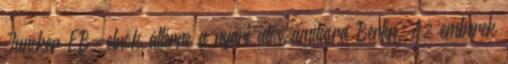
Juncker EB-elnök áttérne a nyári időszámításra Berlin. Az emberek